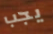
يجب